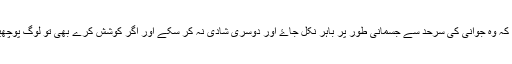
میں کہتا ہوں کہ یہ کہانی نہیں سازش ہے کہ شوہر کو اتنا کھلاؤ کہ وہ جوانی کی سرحد سے جسمانی طور پر باہر نکل جاۓ اور دوسری شادی نہ کر سکے اور اگر کوشش کرے بھی تو لوگ پوچھیں کہ آپ کے بیٹے کی عمر کتنی ہے جس کی شادی کرنی ہے؟